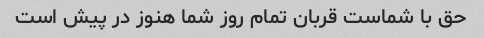
حق با شماست قربان تمام روز شما هنوز در پیش است